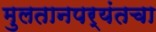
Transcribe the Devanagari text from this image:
मुलतानपर्यंतचा